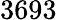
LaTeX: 3693